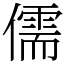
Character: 儒